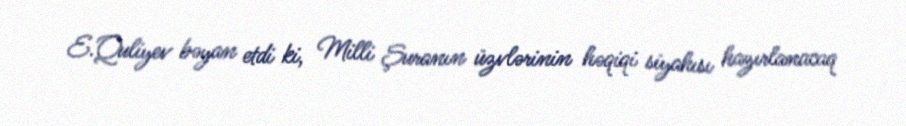
E.Quliyev bəyan etdi ki, Milli Şuranın üzvlərinin həqiqi siyahısı hazırlanacaq